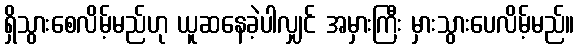
ရှိသွားစေလိမ့်မည်ဟု ယူဆနေခဲ့ပါလျှင် အမှားကြီး မှားသွားပေလိမ့်မည်။